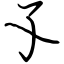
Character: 孓